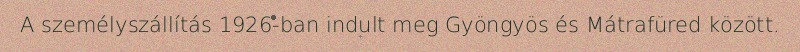
A személyszállítás 1926-ban indult meg Gyöngyös és Mátrafüred között.